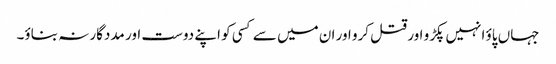
جہاں پاؤ انہیں پکڑو اور قتل کرو اور ان میں سے کسی کو اپنے دوست اور مددگار نہ بناؤ۔